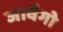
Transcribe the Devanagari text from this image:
जावैगो